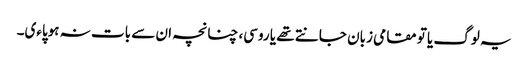
یہ لوگ یا تو مقامی زبان جانتے تھے یا روسی، چنانچہ ان سے بات نہ ہوپاءی۔